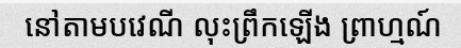
នៅតាមបវេណី លុះព្រឹកឡើង ព្រាហ្មណ៍